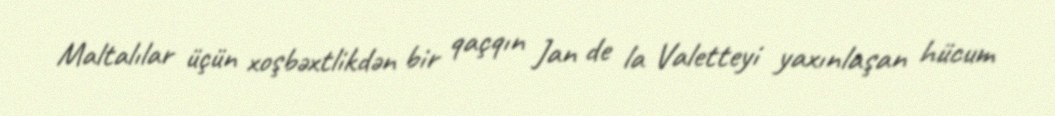
Maltalılar üçün xoşbəxtlikdən bir qaçqın Jan de la Valetteyi yaxınlaşan hücum